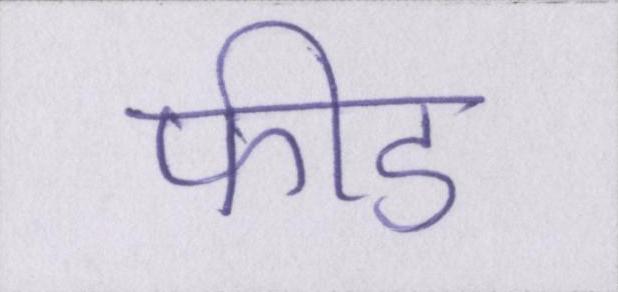
फीड